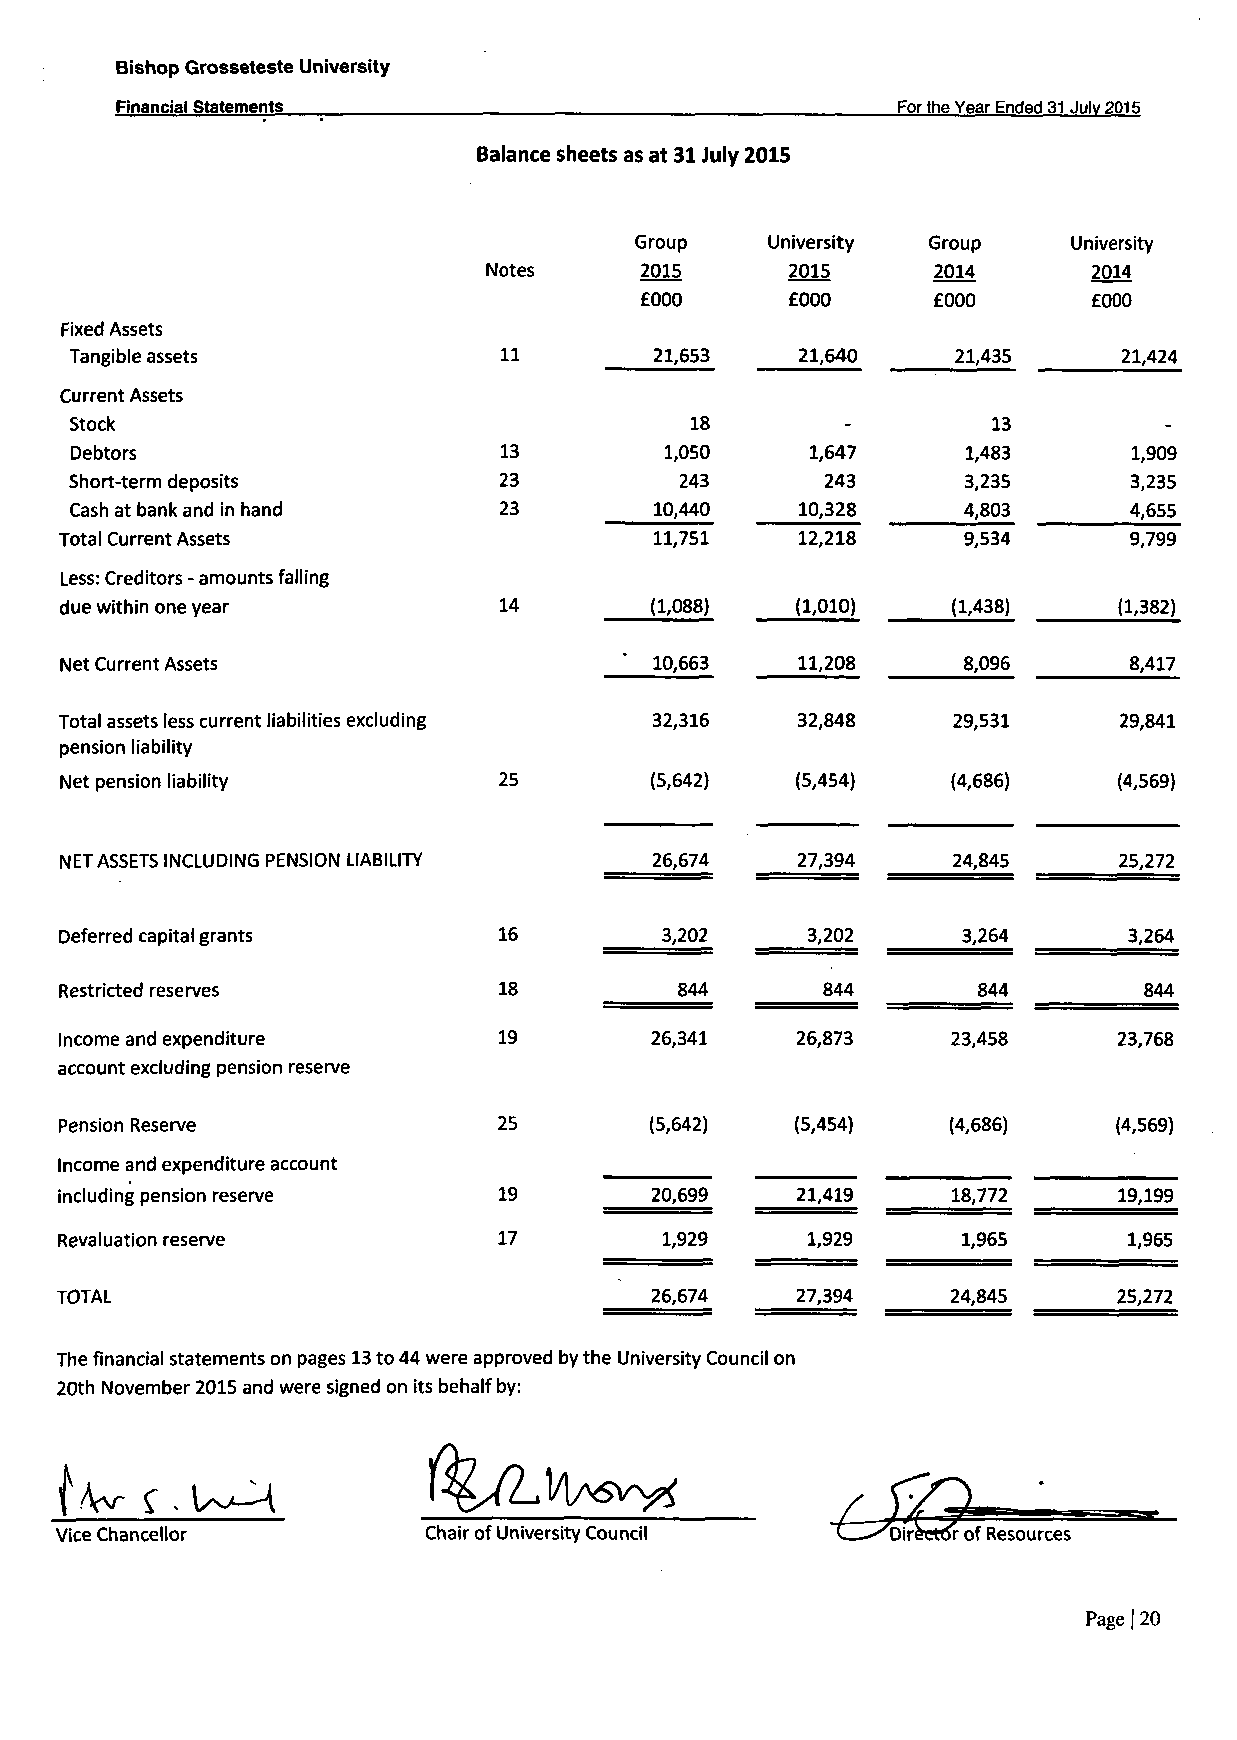
Bishop Grosseteste University
 Financial Statements                               For the Year Ended 31 Julv 2015
 Balance sheets as at 31 July 2015
 Group    University Group    University
 Notes     2015      2015      2014      2014
 £000      £000      £000      £000
 Fixed Assets
 Tangible assets             11        21,653    21,640    21,435     21,424
 Current Assets
 Stock                                    18        -         13         -
 Debtors                     13         1,050     1,647     1,483      1,909
 Short-term deposits         23          243       243      3,235      3,235
 Cash at bank and in hand    23        10,440    10,328     4,803      4,655
 Total Current Assets                   11,751    12,218     9,534      9,799
 Less: Creditors - amounts falling
 due within one year          14        (1,088)   (1,010)   (1,438)    (1,382)
 Net Current Assets                   ' 10,663    11,208     8,096      8,417
 Total assets less current liabilities excluding 32,316 32,848 29,531  29,841
 pension liability
 Net pension liability        25        (5,642)   (5,454)   (4,686)    (4,569)
 NET ASSETS INCLUDING PENSION LIABILITY 26,674    27,394    24,845     25,272
 Deferred capital grants      16         3,202    3,202      3,264      3,264
 Restricted reserves          18          844      844        844        844
 Income and expenditure       19        26,341    26,873    23,458     23,768
 account excluding pension reserve
 Pension Reserve              25        (5,642)   (5,454)   (4,686)    (4,569)
 Income and expenditure account
 including pension reserve    19        20,699    21,419    18,772     19,199
 Revaluation reserve          17         1,929    1,929      1,965      1,965
 TOTAL                                  26,674    27,394    24,845     25,272
 The financial statements on pages 13 to 44 were approved by the University Council on
 20th November 2015 and were signed on its behalf by:
 Vice Chancellor         Chair of University Council
 Page | 20